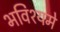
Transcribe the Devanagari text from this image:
भविश्यमे